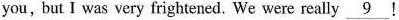
you,but I was very frightened. We were really \underline{9}!